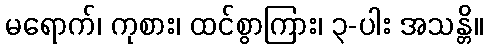
မရောက်၊ ကုစား၊ ထင်စွာကြား၊ ၃-ပါး အသန္တိ။